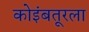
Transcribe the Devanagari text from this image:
कोइंबतूरला